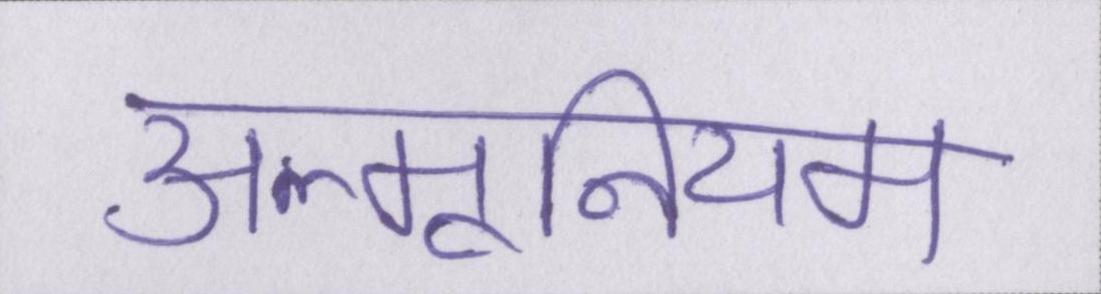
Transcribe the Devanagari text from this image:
अल्मूनियम